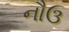
નૌઉ